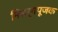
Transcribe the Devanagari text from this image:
निसर्गपूजक